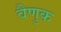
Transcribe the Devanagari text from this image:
वैणुक